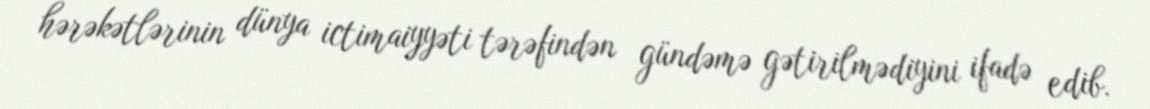
hərəkətlərinin dünya ictimaiyyəti tərəfindən gündəmə gətirilmədiyini ifadə edib.